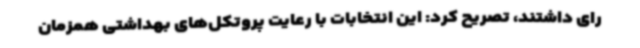
رای داشتند، تصریح کرد: این انتخابات با رعایت پروتکل‌های بهداشتی همزمان